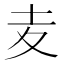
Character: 𡕟